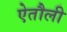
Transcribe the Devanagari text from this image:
ऐतौली